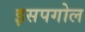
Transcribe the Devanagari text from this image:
इसपगोल